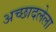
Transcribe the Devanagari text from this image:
अच्छादलेला